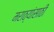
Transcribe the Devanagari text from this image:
मराठ्यांसाठी